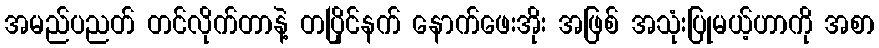
အမည်ပညတ် တင်လိုက်တာနဲ့ တပြိုင်နက် နောက်ဖေးအိုး အဖြစ် အသုံးပြုမယ့်ဟာကို အစာ